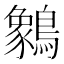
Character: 䴂